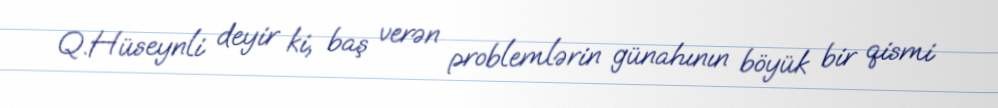
Q.Hüseynli deyir ki, baş verən problemlərin günahının böyük bir qismi